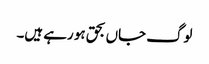
لوگ جاں بحق ہو رہے ہیں۔